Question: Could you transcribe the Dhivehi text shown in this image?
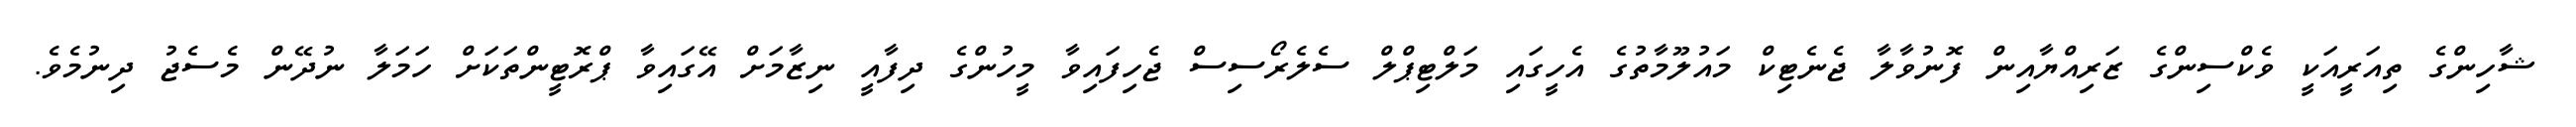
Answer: ޝާހިންގެ ތިއަރީއަކީ ވެކްސިންގެ ޒަރިއްޔާއިން ފޮނުވާލާ ޖެނެޓިކް މައުލޫމާތުގެ އެހީގައި މަލްޓިޕްލް ސެލެރޯސިސް ޖެހިފައިވާ މީހުންގެ ދިފާއީ ނިޒާމަށް އޭގައިވާ ޕްރޮޓީންތަކަށް ހަމަލާ ނުދޭން މެސެޖު ދިނުމެވެ.